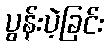
ပွန်းပဲ့ခြင်း